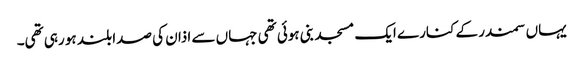
یہاں سمندر کے کنارے ایک مسجد بنی ہوئی تھی جہاں سے اذان کی صدا بلند ہو رہی تھی۔